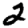
Digit: 2